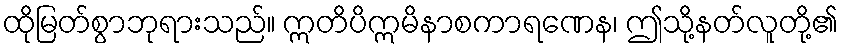
ထိုမြတ်စွာဘုရားသည်။ ဣတိပိဣမိနာစကာရဏေန၊ ဤသို့နတ်လူတို့၏